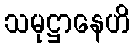
သမုဋ္ဌာနေဟိ